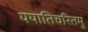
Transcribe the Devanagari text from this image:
ययातिचरितमु